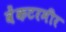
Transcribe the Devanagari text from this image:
वेंकटरमीर